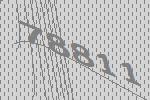
78811